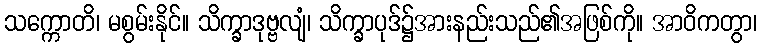
သက္ကောတိ၊ မစွမ်းနိုင်။ သိက္ခာဒုဗ္ဗလျံ၊ သိက္ခာပုဒ်၌အားနည်းသည်၏အဖြစ်ကို။ အာဝိကတွာ၊